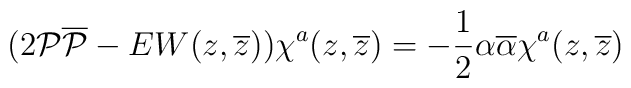
(2{\cal P}{\overline{\cal P}}-EW(z, \overline{z}))\chi^a(z, \overline{z})=-\frac{1}{2}\alpha\overline{\alpha}\chi^a(z, \overline{z})